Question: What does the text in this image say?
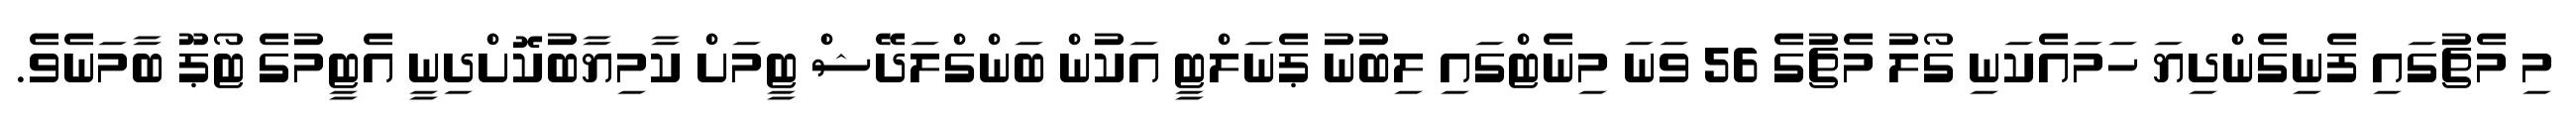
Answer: މި މެޗުގައި ފެނިގެންދިޔަ ހަމައެކަނި ގޯލު މެޗުގެ 56 ވަނަ މިނެޓްގައި ލިބުނު ޕެނަލްޓީ އަކުން ބަންގްލަދޭޝް ޓީމަށް ކާމިޔާބުކޮށްދިނީ އެޓީމުގެ ޓޯޕޫ ބާމަނެވެ.